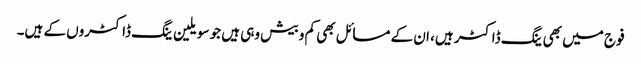
فوج میں بھی ینگ ڈاکٹر ہیں، ان کے مسائل بھی کم و بیش وہی ہیں جو سویلین ینگ ڈاکٹروں کے ہیں۔